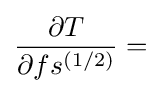
{\frac {\partial T}{\partial fs^{(1/2)}}}=